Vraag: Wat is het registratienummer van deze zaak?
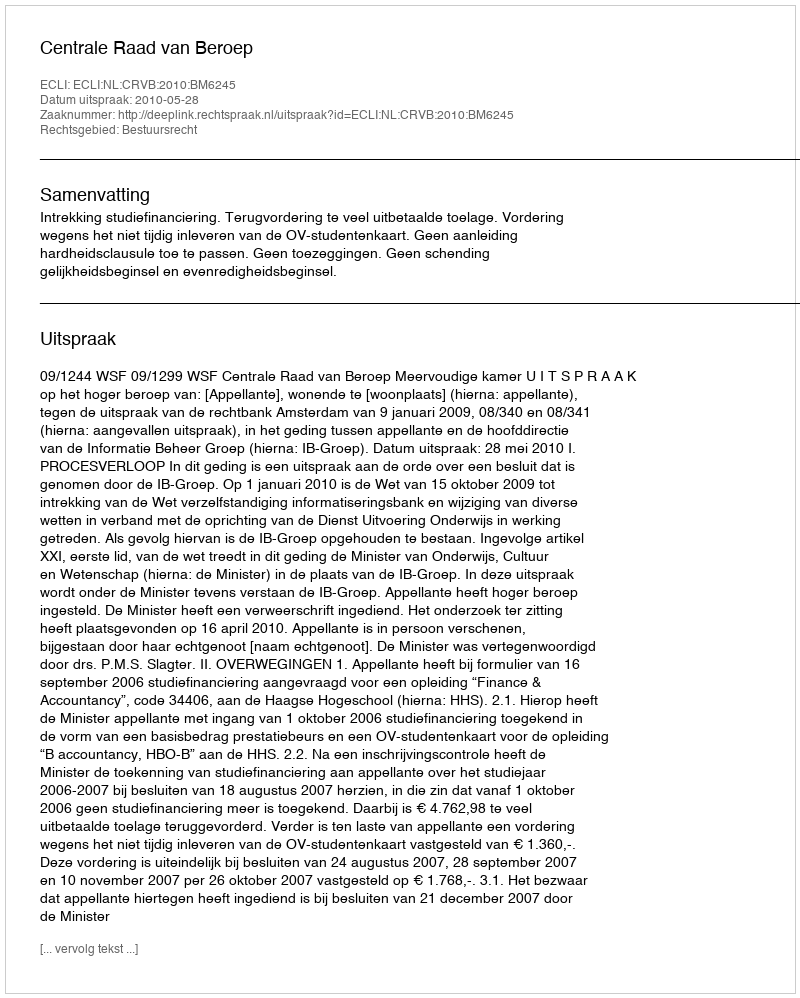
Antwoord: http://deeplink.rechtspraak.nl/uitspraak?id=ECLI:NL:CRVB:2010:BM6245